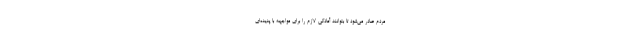
مردم صادر می‌شود تا بتوانند آمادگی لازم را برای مواجهه با پدیده‌ای